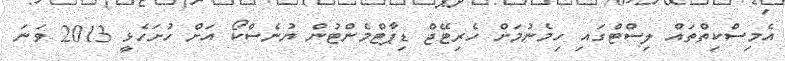
އެމިސްކިތްތައް ލިސްޓްގައި ހިމެނުމަށް ހެރިޓޭޖް ޑިޕާޓްމެންޓުން ޔުނެސްކޯ އަށް ހުށަހެޅީ 2013 ވަނަ